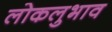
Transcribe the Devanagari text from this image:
लोकलुभाव